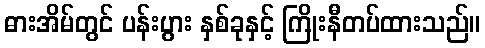
ဓားအိမ်တွင် ပန်းပွား နှစ်ခုနှင့် ကြိုးနီတပ်ထားသည်။